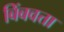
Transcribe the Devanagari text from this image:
बिंबवत्ता